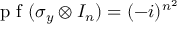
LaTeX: { \textrm { p f } } ( \sigma _ { y } \otimes I _ { n } ) = ( - i ) ^ { n ^ { 2 } }